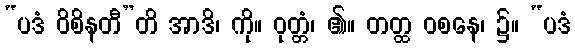
“ပဒံ ဝိစိနတီ”တိ အာဒိ၊ ကို။ ဝုတ္တံ၊ ၏။ တတ္ထ ဝစနေ၊ ၌။ “ပဒံ